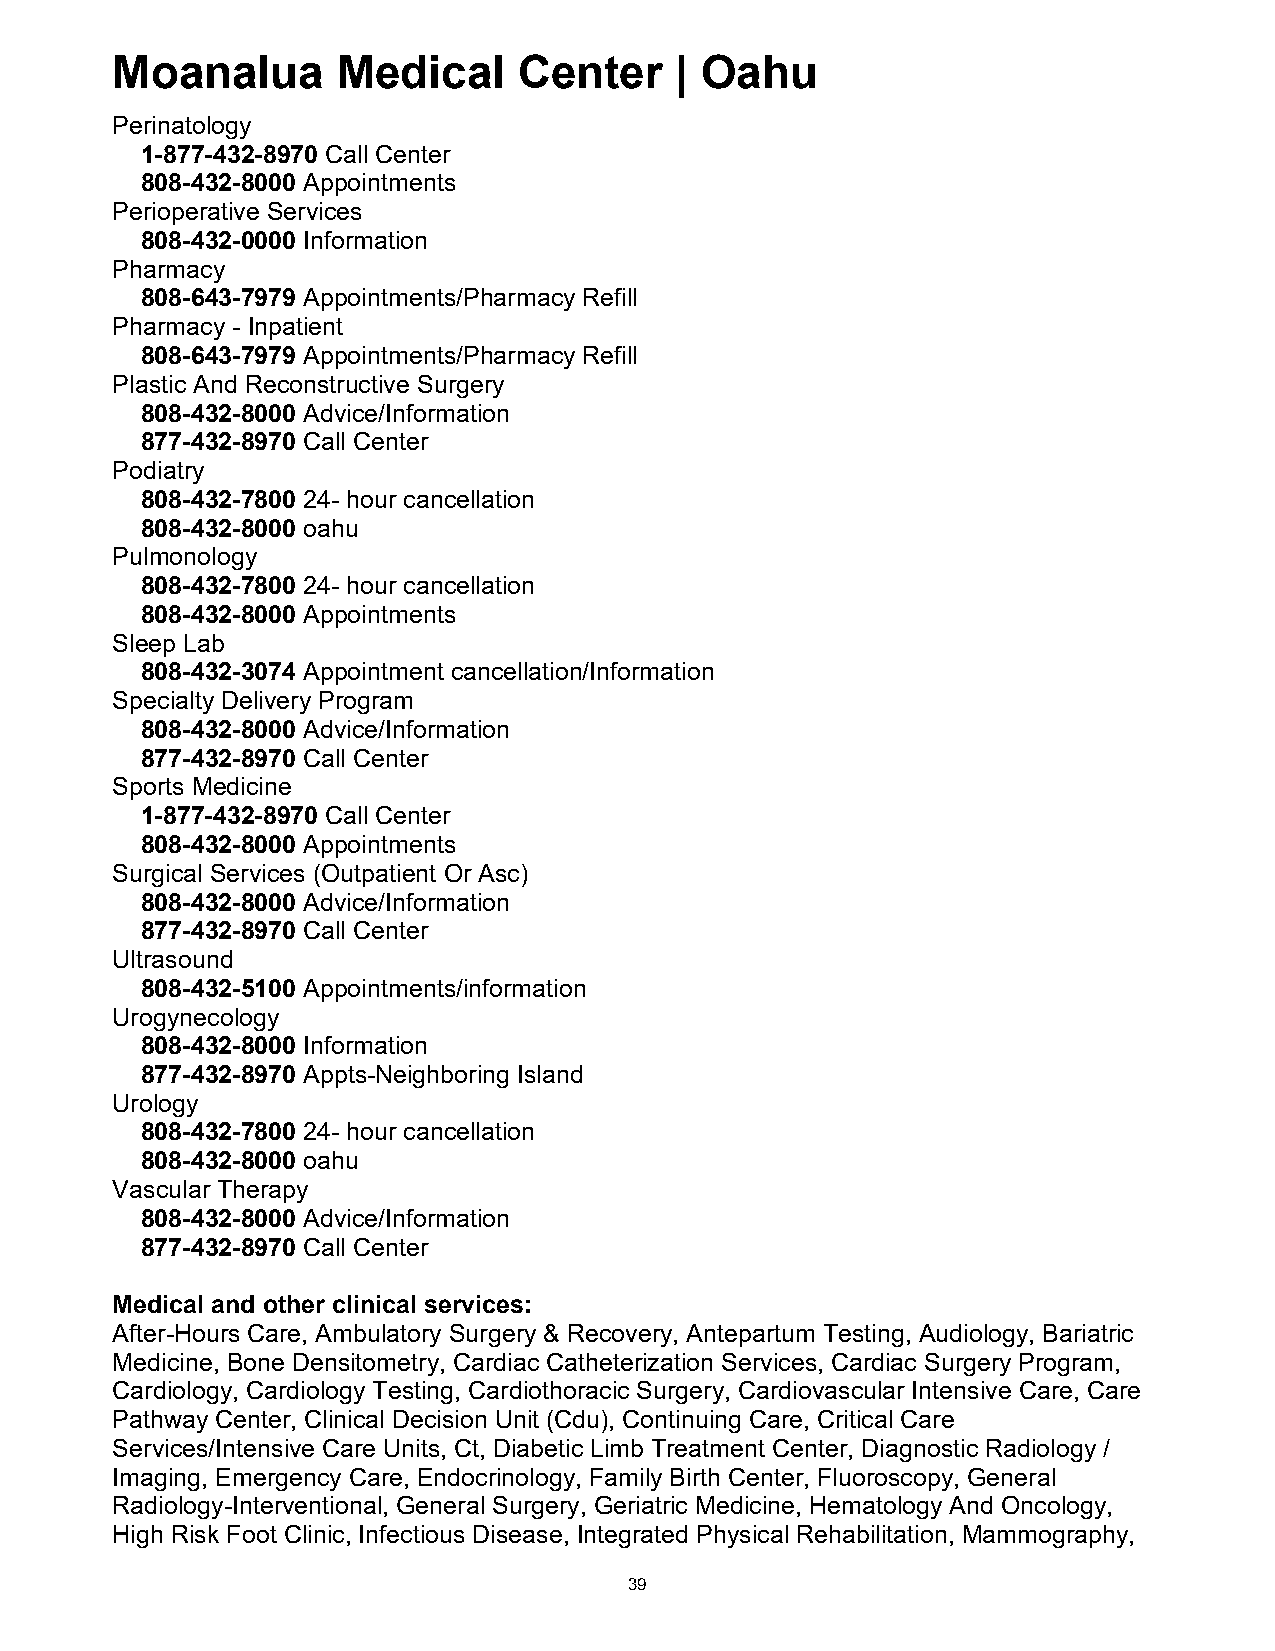
Moanalua       Medical     Center     | Oahu
 Perinatology
 1-877-432-8970 Call Center
 808-432-8000 Appointments
 Perioperative Services
 808-432-0000 Information
 Pharmacy
 808-643-7979 Appointments/Pharmacy Refill
 Pharmacy - Inpatient
 808-643-7979 Appointments/Pharmacy Refill
 Plastic And Reconstructive Surgery
 808-432-8000 Advice/Information
 877-432-8970 Call Center
 Podiatry
 808-432-7800 24- hour cancellation
 808-432-8000 oahu
 Pulmonology
 808-432-7800 24- hour cancellation
 808-432-8000 Appointments
 Sleep Lab
 808-432-3074 Appointment cancellation/Information
 Specialty Delivery Program
 808-432-8000 Advice/Information
 877-432-8970 Call Center
 Sports Medicine
 1-877-432-8970 Call Center
 808-432-8000 Appointments
 Surgical Services (Outpatient Or Asc)
 808-432-8000 Advice/Information
 877-432-8970 Call Center
 Ultrasound
 808-432-5100 Appointments/information
 Urogynecology
 808-432-8000 Information
 877-432-8970 Appts-Neighboring Island
 Urology
 808-432-7800 24- hour cancellation
 808-432-8000 oahu
 Vascular Therapy
 808-432-8000 Advice/Information
 877-432-8970 Call Center
 Medical and other clinical services:
 After-Hours Care, Ambulatory Surgery & Recovery, Antepartum Testing, Audiology, Bariatric
 Medicine, Bone Densitometry, Cardiac Catheterization Services, Cardiac Surgery Program,
 Cardiology, Cardiology Testing, Cardiothoracic Surgery, Cardiovascular Intensive Care, Care
 Pathway Center, Clinical Decision Unit (Cdu), Continuing Care, Critical Care
 Services/Intensive Care Units, Ct, Diabetic Limb Treatment Center, Diagnostic Radiology /
 Imaging, Emergency Care, Endocrinology, Family Birth Center, Fluoroscopy, General
 Radiology-Interventional, General Surgery, Geriatric Medicine, Hematology And Oncology,
 High Risk Foot Clinic, Infectious Disease, Integrated Physical Rehabilitation, Mammography,
 39